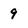
Character: 9